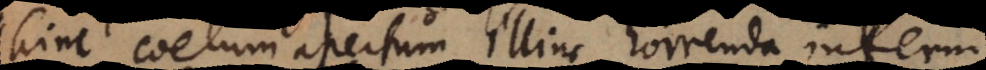
hinc coelum apertum illinc horrenda inferni